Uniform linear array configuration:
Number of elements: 4
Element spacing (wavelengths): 0.75
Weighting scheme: uniform
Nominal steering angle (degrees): -15
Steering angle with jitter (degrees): -15.505
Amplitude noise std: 0.05
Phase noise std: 0.05

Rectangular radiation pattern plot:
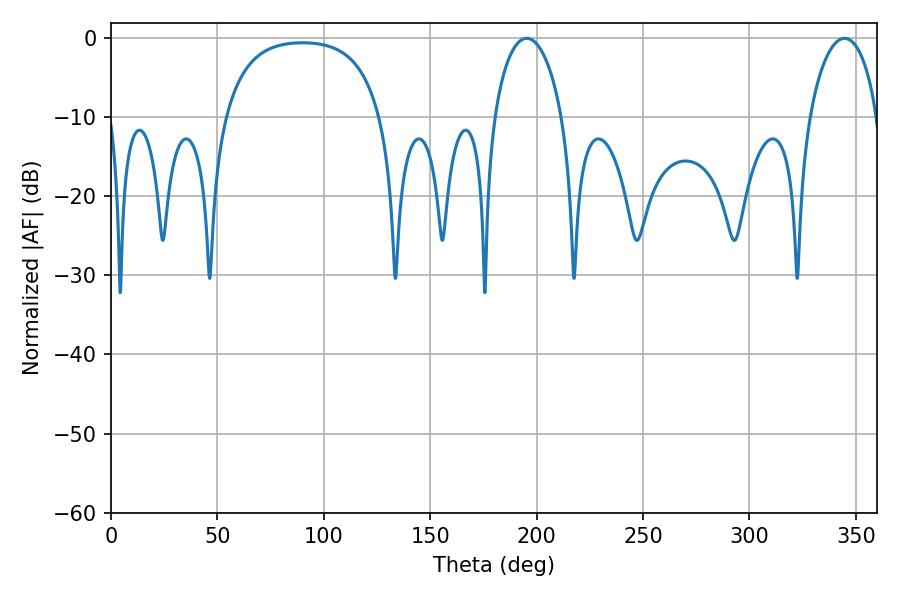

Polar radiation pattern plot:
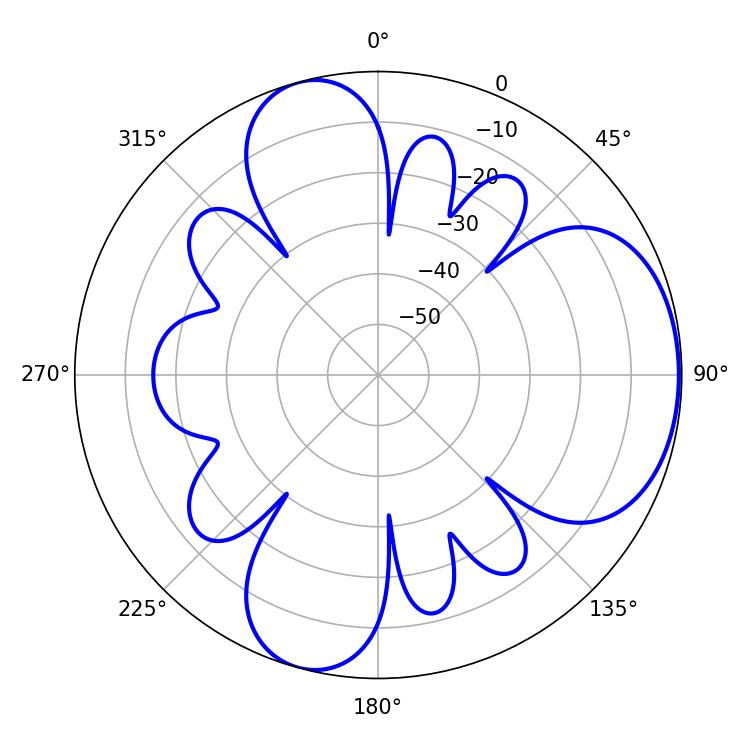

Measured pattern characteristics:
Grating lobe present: TRUE
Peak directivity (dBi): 5.694
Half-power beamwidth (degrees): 18.18
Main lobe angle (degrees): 195.3